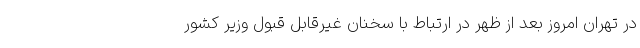
در تهران امروز بعد از ظهر در ارتباط با سخنان غیرقابل قبول وزیر کشور